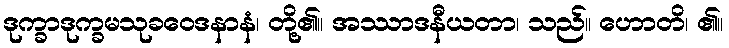
ဒုက္ခာဒုက္ခမသုခဝေဒနာနံ၊ တို့၏။ အဿာဒနီယတာ၊ သည်။ ဟောတိ၊ ၏။